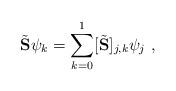
LaTeX: \begin{align*} \tilde{\mathbf S}\psi_k = \sum_{k=0}^1[\tilde{\mathbf S}]_{j,k}\psi_j \ ,\end{align*}